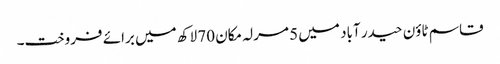
قاسم ٹاؤن حیدر آباد میں 5 مرلہ مکان 70 لاکھ میں برائے فروخت۔